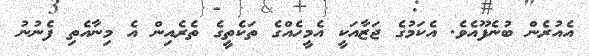
އެއުރެން ބުނެފޫއެވެ. އެކަމުގެ ޖަޒާއަކީ އެމީހެއްގެ ތަކެތީގެ ތެރެއިން އެ މިނާއެތި ފެނުނު